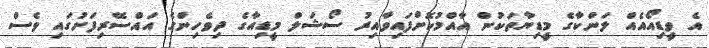
އެ ވީޑިއޯއެއް ލަންކާގެ މީޑިޔާތަކުން އާއްމުކޮށްފައިވާއިރު ސޯޝަލް މީޑިއާގެ ދިވެހިންގެ އައްސޭރިފަށުގައި ވެސް